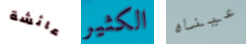
عائشة الكثير عيناه